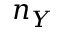
n _ { Y }